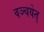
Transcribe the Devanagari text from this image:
वञ्चयेत्